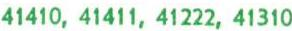
41410, 41411, 41222, 41310